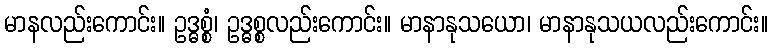
မာနလည်းကောင်း။ ဥဒ္ဓစ္စံ၊ ဥဒ္ဓစ္စလည်းကောင်း။ မာနာနုသယော၊ မာနာနုသယလည်းကောင်း။